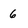
Character: 6